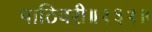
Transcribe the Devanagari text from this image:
पाठिवरी॥१३१॥